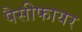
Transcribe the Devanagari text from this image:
पैसीफायर